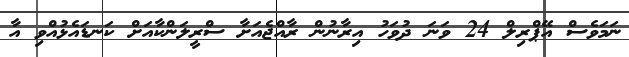
ނަމަވެސް އޭޕްރިލް 24 ވަނަ ދުވަހު އިރާނުން ރާއްޖެއަށާ ސްރީލަންކާއަށް ކަނޑައެޅުއްވި އާ